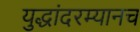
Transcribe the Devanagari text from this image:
युद्धांदरम्यानच